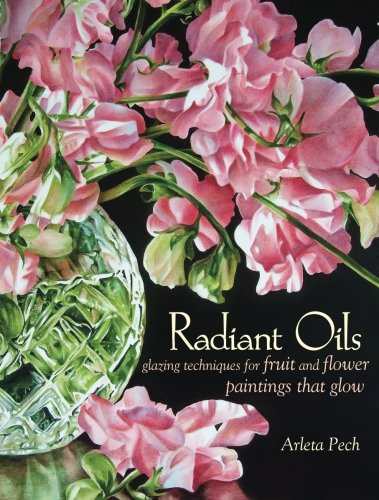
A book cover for Radiant Oils: Glazing Techniques for Fruit and Flower Paintings That Glow; Arleta Pech; Arts & Photography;